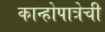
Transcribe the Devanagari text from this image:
कान्होपात्रेची